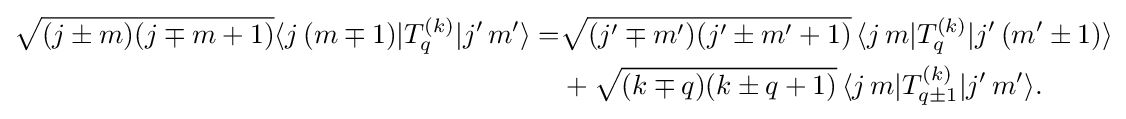
{\begin{aligned}{\sqrt {(j\pm m)(j\mp m+1)}}\langle j\,(m\mp 1)|T_{q}^{(k)}|j'\,m'\rangle =&{\sqrt {(j'\mp m')(j'\pm m'+1)}}\,\langle j\,m|T_{q}^{(k)}|j'\,(m'\pm 1)\rangle \\&+{\sqrt {(k\mp q)(k\pm q+1)}}\,\langle j\,m|T_{q\pm 1}^{(k)}|j'\,m'\rangle .\end{aligned}}